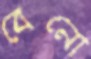
বেনো